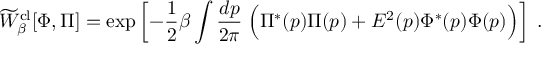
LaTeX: \widetilde W _ { \beta } ^ { \mathrm { c l } } [ \Phi , \Pi ] = \mathrm { e x p } \left[ - { \frac { 1 } { 2 } } \beta \int { \frac { d p } { 2 \pi } } \; \Bigl ( \Pi ^ { * } ( p ) \Pi ( p ) + E ^ { 2 } ( p ) \Phi ^ { * } ( p ) \Phi ( p ) \Bigr ) \right] \; .